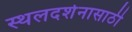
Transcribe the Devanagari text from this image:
स्थलदर्शनासाठी